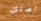
تصلك